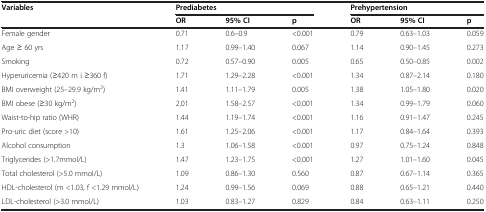
| Variables | <COLSPAN=3> Prediabetes | <COLSPAN=3> Prehypertension |
 |  | OR | 95% CI | p | OR | 95% CI | p |
 | --- | --- | --- | --- | --- | --- | --- |
 | Female gender | 0.71 | 0.6–0.9 | <0.001 | 0.79 | 0.63–1.03 | 0.059 |
 | Age ≥ 60 yrs | 1.17 | 0.99–1.40 | 0.067 | 1.14 | 0.90–1.45 | 0.273 |
 | Smoking | 0.72 | 0.57–0.90 | 0.005 | 0.65 | 0.50–0.85 | 0.002 |
 | Hyperuricemia (≥420 m i ≥360 f) | 1.71 | 1.29–2.28 | <0.001 | 1.34 | 0.87–2.14 | 0.180 |
 | BMI overweight (25–29.9 kg/m2) | 1.41 | 1.11–1.79 | 0.005 | 1.38 | 1.05–1.80 | 0.020 |
 | BMI obese (≥30 kg/m2) | 2.01 | 1.58–2.57 | <0.001 | 1.34 | 0.99–1.79 | 0.060 |
 | Waist-to-hip ratio (WHR) | 1.44 | 1.19–1.74 | <0.001 | 1.16 | 0.91–1.47 | 0.245 |
 | Pro-uric diet (score >10) | 1.61 | 1.25–2.06 | <0.001 | 1.17 | 0.84–1.64 | 0.393 |
 | Alcohol consumption | 1.3 | 1.06–1.58 | <0.001 | 0.97 | 0.75–1.24 | 0.848 |
 | Triglycerides (>1.7mmol/L) | 1.47 | 1.23–1.75 | <0.001 | 1.27 | 1.01–1.60 | 0.045 |
 | Total cholesterol (>5.0 mmol/L) | 1.09 | 0.86–1.30 | 0.560 | 0.87 | 0.67–1.14 | 0.365 |
 | HDL-cholesterol (m <1.03, f <1.29 mmol/L) | 1.24 | 0.99–1.56 | 0.069 | 0.88 | 0.65–1.21 | 0.440 |
 | LDL-cholesterol (>3.0 mmol/L) | 1.03 | 0.83–1.27 | 0.829 | 0.84 | 0.63–1.11 | 0.250 |